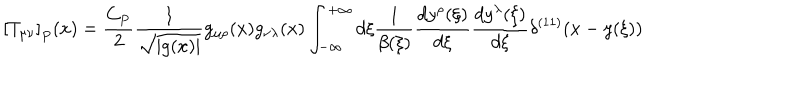
\left[ T _ { \mu \nu } \right] _ { P } ( x ) = \frac { C _ { P } } { 2 } \frac { 1 } { \sqrt { | g ( x ) | } } g _ { \mu \rho } ( x ) g _ { \nu \lambda } ( x ) \int _ { - \infty } ^ { + \infty } d \xi \frac { 1 } { \beta ( \xi ) } \frac { d y ^ { \rho } ( \xi ) } { d \xi } \frac { d y ^ { \lambda } ( \xi ) } { d \xi } \delta ^ { ( 1 1 ) } ( x - y ( \xi ) )